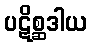
ပဋိစ္ဆဒါယ